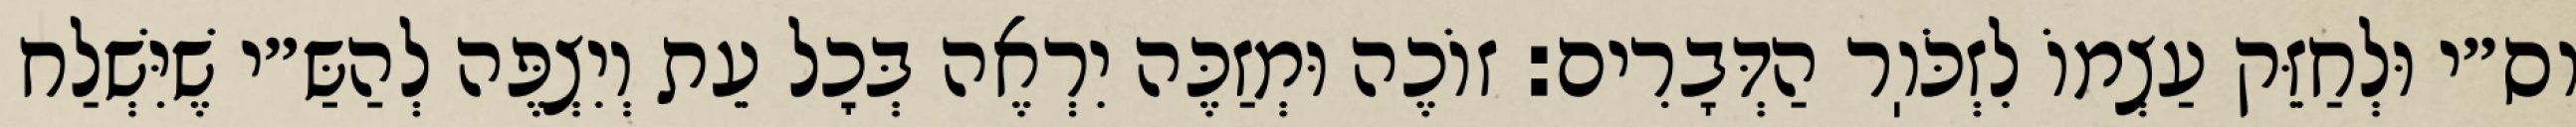
וס״י וּלְחַזֵּק עַצְמוֹ לִזְכֹּוֽר הַדְּבָרִים: זוֹכֶה וּמְזַכֶּה יִרְאֶה בְּכׇל עֵת וְיִצְפֶּה לְהַשַּ״י שֶׁיִּשְׁלַח